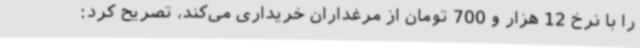
را با نرخ 12 هزار و 700 تومان از مرغداران خریداری می‌کند، تصریح کرد: